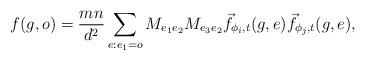
LaTeX: \begin{align*} f(g, o) = \frac{mn}{d^2}\sum_{e: e_1 = o} M_{e_1 e_2} M_{e_3 e_2} \vec f_{\phi_i, t}(g, e) \vec f_{\phi_j, t}(g, e), \end{align*}